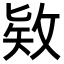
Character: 𪵊